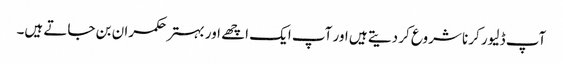
آپ ڈلیور کرنا شروع کر دیتے ہیں اور آپ ایک اچھے اور بہتر حکمران بن جاتے ہیں۔